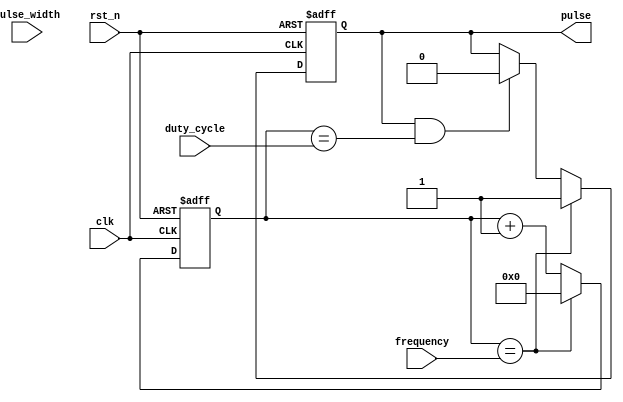
module pulse_generator(
    input wire clk,
    input wire rst_n,
    input wire [7:0] pulse_width,
    input wire [7:0] duty_cycle,
    input wire [15:0] frequency,
    output reg pulse
);

reg [15:0] count;
reg pulse_out;

always @(posedge clk or negedge rst_n)
begin
    if (!rst_n)
    begin
        count <= 16'b0;
        pulse_out <= 1'b0;
    end
    else
    begin
        if (count == frequency)
        begin
            pulse_out <= 1'b1;
            count <= 16'b0;
        end
        else if (pulse_out && count == duty_cycle)
        begin
            pulse_out <= 1'b0;
            count <= count + 1;
        end
        else
        begin
            count <= count + 1;
        end
    end
end

assign pulse = pulse_out;

endmodule